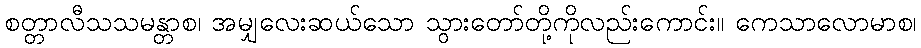
စတ္တာလီသသမန္တာစ၊ အမျှလေးဆယ်သော သွားတော်တို့ကိုလည်းကောင်း။ ကေသာလောမာစ၊